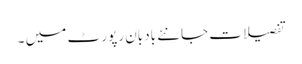
تفصیلات جانئے بادبان رپور ٹ میں ۔